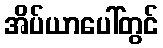
အိပ်ယာပေါ်တွင်